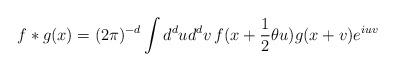
\begin{align*}f\ast g(x) = (2\pi)^{-d}\int d^{d}u d^{d}v\, f(x + \frac{1}{2}\theta u)g(x + v)e^{iuv}\end{align*}